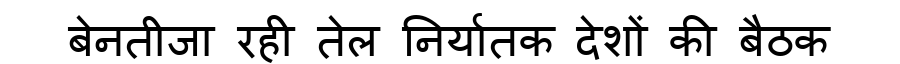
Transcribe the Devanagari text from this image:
बेनतीजा रही तेल निर्यातक देशों की बैठक